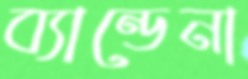
ব্যান্ডেনা